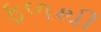
ફળથી